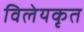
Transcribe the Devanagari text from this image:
विलेयकृत